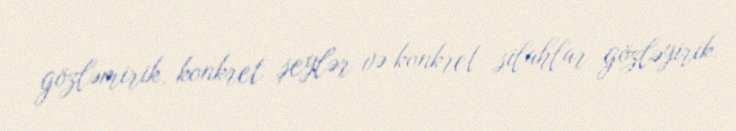
gözləmirik, konkret şeylər və konkret silahlar gözləyirik.